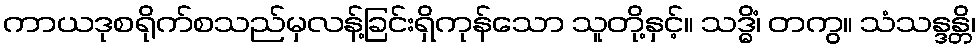
ကာယဒုစရိုက်စသည်မှလန့်ခြင်းရှိကုန်သော သူတို့နှင့်။ သဒ္ဓိံ၊ တကွ။ သံသန္ဒန္တိ၊